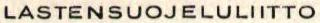
LASTENSUOJELULIITTO